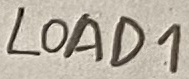
Text: LOAD